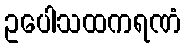
ဥပေါသထကရဏံ